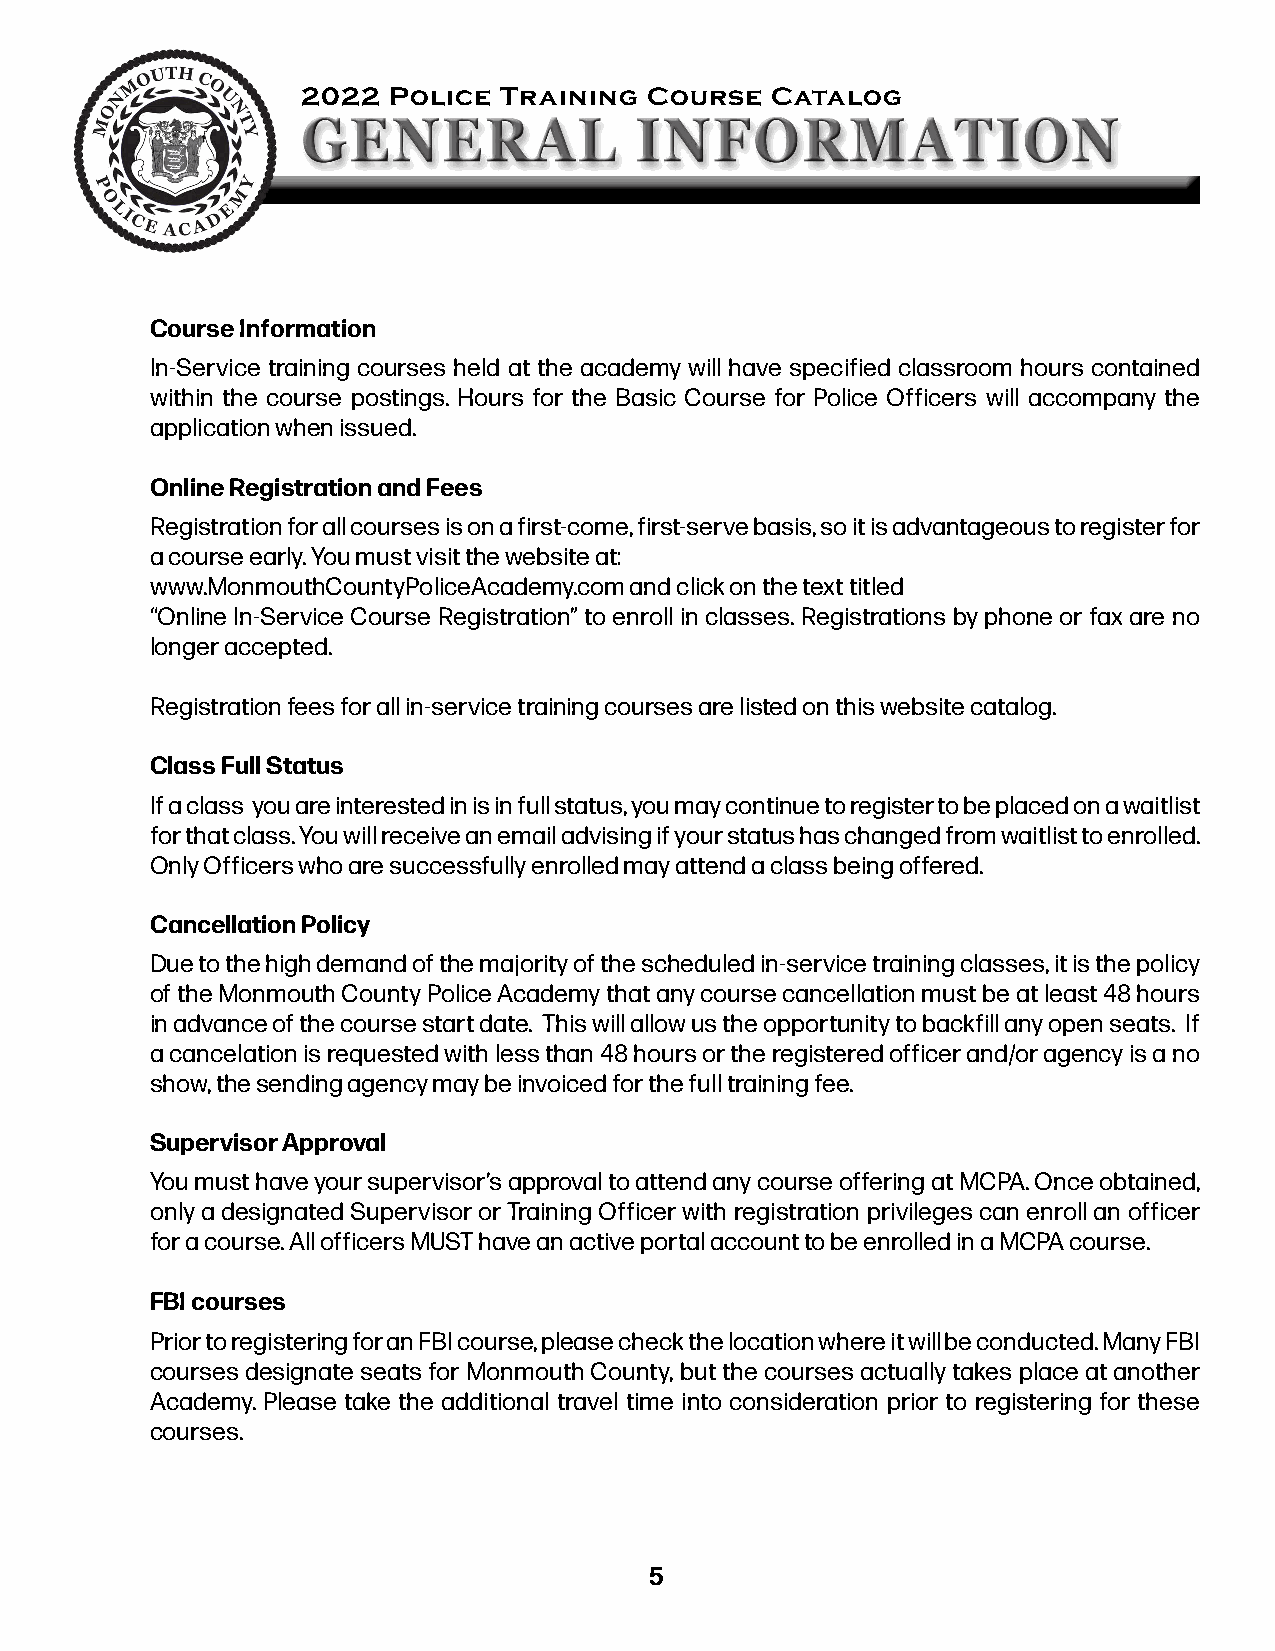
2022  Police Trwawinwi.nMgon CmoouutrhsCeo uCnatytPaolliocegAcademy.com
 Course Information
 In-Service training courses held at the academy will have specified classroom hours contained
 within the course postings. Hours for the Basic Course for Police Officers will accompany the
 application when issued.
 Online Registration and Fees
 Registration for all courses is on a first-come, first-serve basis, so it is advantageous to register for
 a course early. You must visit the website at:
 www.MonmouthCountyPoliceAcademy.com and click on the text titled
 “Online In-Service Course Registration” to enroll in classes. Registrations by phone or fax are no
 longer accepted.
 Registration fees for all in-service training courses are listed on this website catalog.
 Class Full Status
 If a class you are interested in is in full status, you may continue to register to be placed on a waitlist
 for that class. You will receive an email advising if your status has changed from waitlist to enrolled.
 Only Officers who are successfully enrolled may attend a class being offered.
 Cancellation Policy
 Due to the high demand of the majority of the scheduled in-service training classes, it is the policy
 of the Monmouth County Police Academy that any course cancellation must be at least 48 hours
 in advance of the course start date. This will allow us the opportunity to backfill any open seats. If
 a cancelation is requested with less than 48 hours or the registered officer and/or agency is a no
 show, the sending agency may be invoiced for the full training fee.
 Supervisor Approval
 You must have your supervisor’s approval to attend any course offering at MCPA. Once obtained,
 only a designated Supervisor or Training Officer with registration privileges can enroll an officer
 for a course. All officers MUST have an active portal account to be enrolled in a MCPA course.
 FBI courses
 Prior to registering for an FBI course, please check the location where it will be conducted. Many FBI
 courses designate seats for Monmouth County, but the courses actually takes place at another
 Academy. Please take the additional travel time into consideration prior to registering for these
 courses.
 5